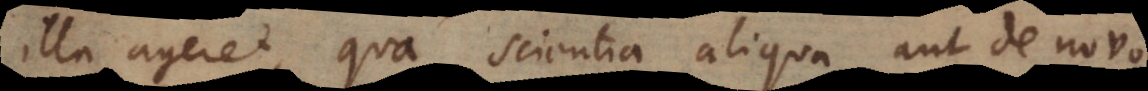
illa ageret, qua scientia aliqua aut de novo